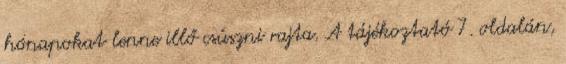
hónapokat lenne illő csúszni rajta. A tájékoztató 7. oldalán,